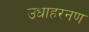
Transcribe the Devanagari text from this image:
उधाहरनण